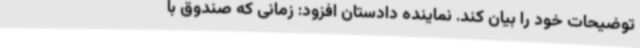
توضیحات خود را بیان کند. نماینده دادستان افزود: زمانی که صندوق با